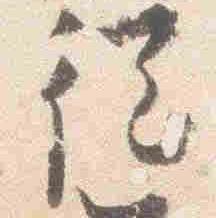
従